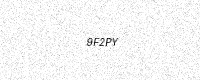
Text: 9F2PY